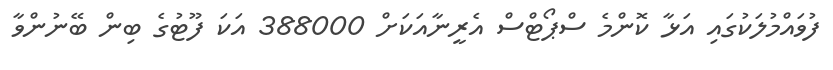
ފުވައްމުލަކުގައި އަޅާ ކޮންމެ ސްޕޯޓްސް އެރީނާއަކަށް 388000 އަކަ ފޫޓުގެ ބިން ބޭނުންވާ